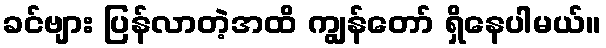
ခင်ဗျား ပြန်လာတဲ့အထိ ကျွန်တော် ရှိနေပါမယ်။